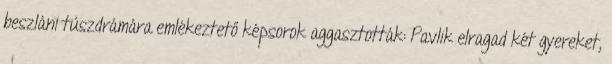
beszláni túszdrámára emlékeztető képsorok aggasztották: Pavlik elragad két gyereket,